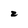
Character: z